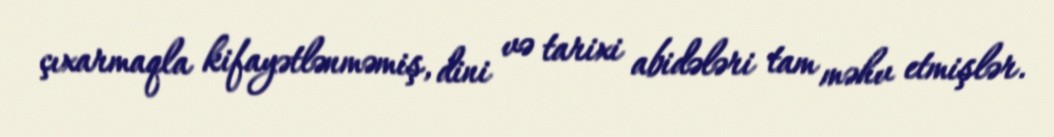
çıxarmaqla kifayətlənməmiş, dini və tarixi abidələri tam məhv etmişlər.